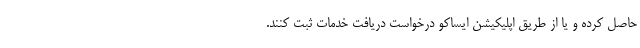
حاصل کرده و یا از طریق اپلیکیشن ایساکو درخواست دریافت خدمات ثبت کنند.